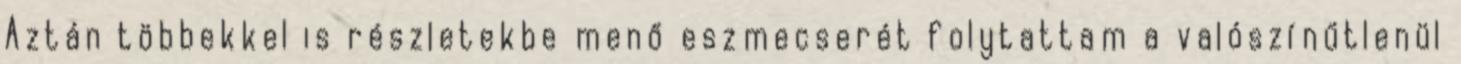
Aztán többekkel is részletekbe me­nő eszmecserét folytattam a valószínűtlenül